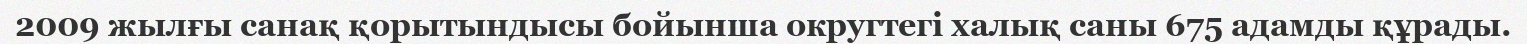
2009 жылғы санақ қорытындысы бойынша округтегі халық саны 675 адамды құрады.